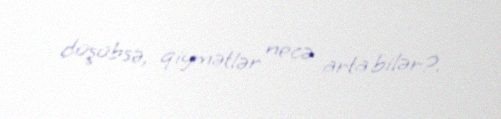
düşübsə, qiymətlər necə arta bilər?.